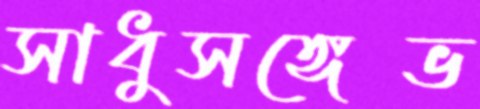
সাধুসঙ্গেভ